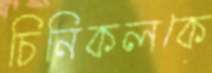
চিনিকলকে